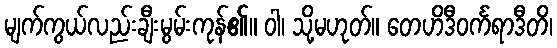
မျက်ကွယ်လည်းချီးမွမ်းကုန်၏။ ဝါ၊ သို့မဟုတ်။ တေဟိဒီဝင်္ကရာဒီတိ၊